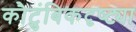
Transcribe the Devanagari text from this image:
कौटुंबिकदृष्ट्या